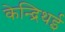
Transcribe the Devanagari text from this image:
केन्द्रिथई